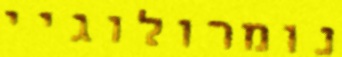
נומרולוגיי